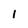
Character: 1